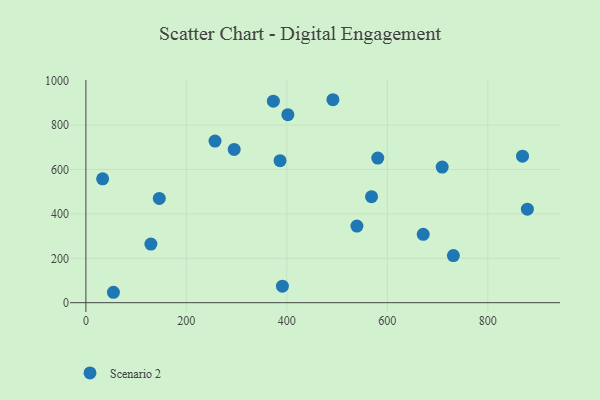
{"axis": {"x": "Study Hours", "y": "Exam Score"}, "legend": ["Scenario 2"], "data": [{"x": "33.3", "y": 558.4, "type": "Scenario 2"}, {"x": "54.8", "y": 46.9, "type": "Scenario 2"}, {"x": "709.2", "y": 611.0, "type": "Scenario 2"}, {"x": "373.2", "y": 908.1, "type": "Scenario 2"}, {"x": "491.7", "y": 914.7, "type": "Scenario 2"}, {"x": "257.0", "y": 728.4, "type": "Scenario 2"}, {"x": "295.2", "y": 690.7, "type": "Scenario 2"}, {"x": "146.1", "y": 469.8, "type": "Scenario 2"}, {"x": "671.5", "y": 308.0, "type": "Scenario 2"}, {"x": "539.5", "y": 345.1, "type": "Scenario 2"}, {"x": "391.2", "y": 74.4, "type": "Scenario 2"}, {"x": "581.0", "y": 651.6, "type": "Scenario 2"}, {"x": "568.6", "y": 477.8, "type": "Scenario 2"}, {"x": "878.8", "y": 421.6, "type": "Scenario 2"}, {"x": "731.5", "y": 212.2, "type": "Scenario 2"}, {"x": "386.5", "y": 639.9, "type": "Scenario 2"}, {"x": "869.1", "y": 660.3, "type": "Scenario 2"}, {"x": "129.4", "y": 264.0, "type": "Scenario 2"}, {"x": "402.0", "y": 847.1, "type": "Scenario 2"}]}